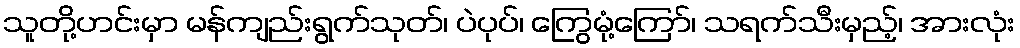
သူတို့ဟင်းမှာ မန်ကျည်းရွက်သုတ်၊ ပဲပုပ်၊ ကြွေမုံ့ကြော်၊ သရက်သီးမှည့်၊ အားလုံး